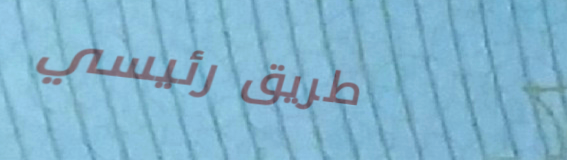
طريق رئيسي